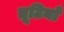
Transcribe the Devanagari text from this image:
त्रूटियाँ